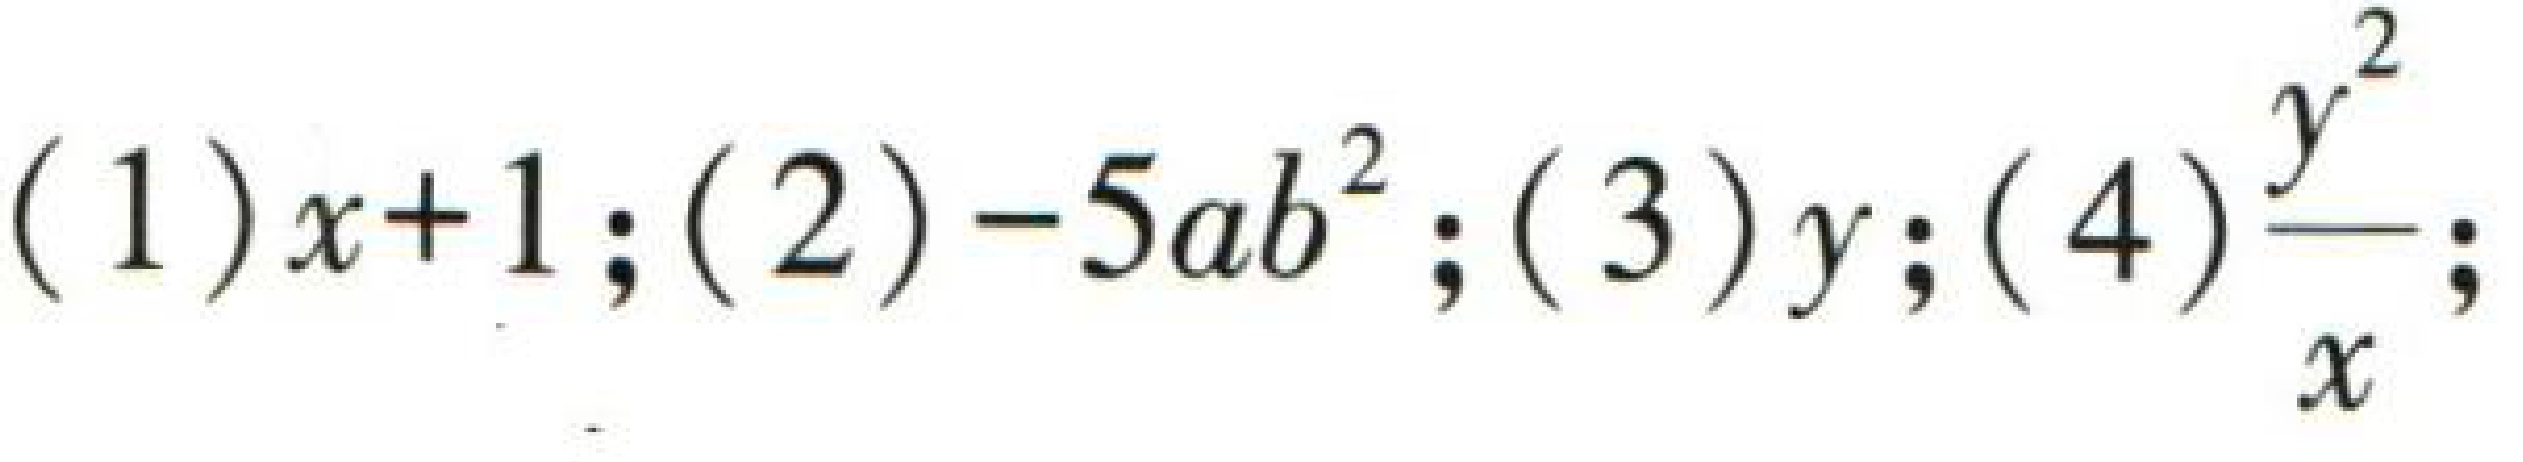
(1) \(x + 1\); (2) \(-5ab^{2}\); (3) \(y\); (4) \(\frac{y^{2}}{x}\);